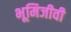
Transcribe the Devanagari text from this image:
भूमिजीवी